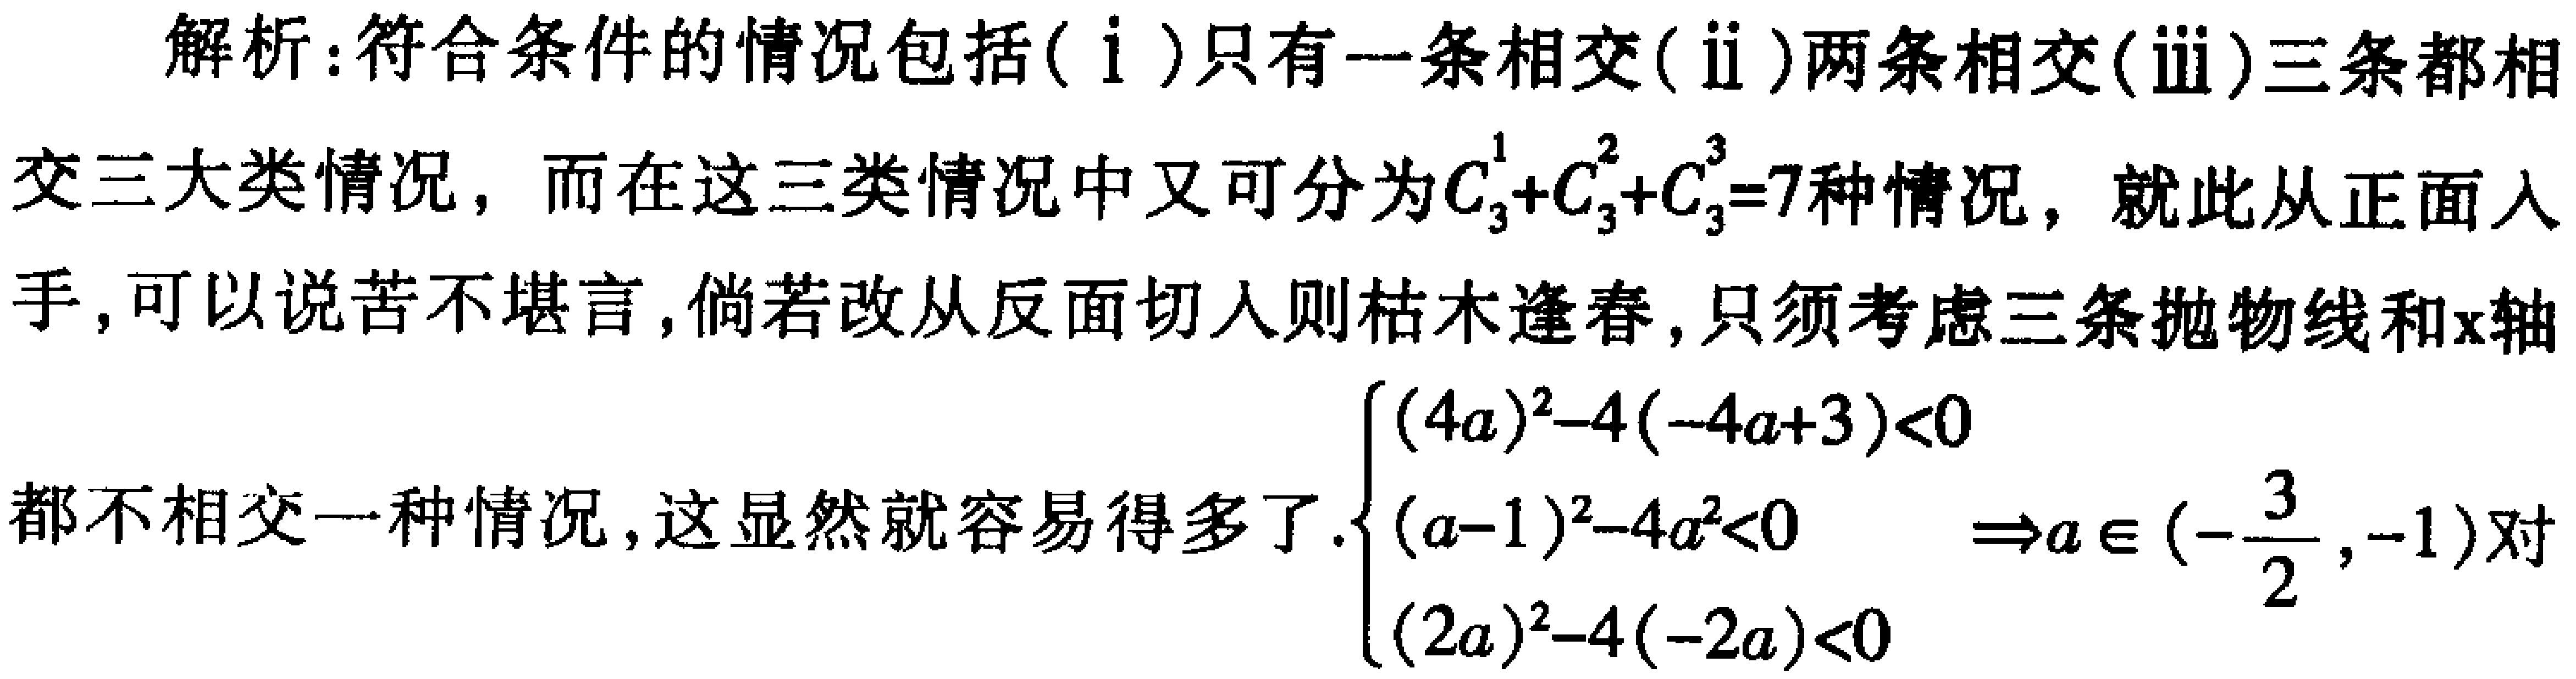
解析：符合条件的情况包括(ⅰ)只有一条相交(ⅱ)两条相交(ⅲ)三条都相

交三大类情况，而在这三类情况中又可分为\(C_{3}^{1}+C_{3}^{2}+C_{3}^{3}=7\)种情况，就此从正面入

手，可以说苦不堪言，倘若改从反面切入则枯木逢春，只须考虑三条抛物线和\(x\)轴

都不相交一种情况，这显然就容易得多了.\(\begin{cases}(4a)^{2}-4(-4a + 3)<0 \\

(a - 1)^{2}-4a^{2}<0 \\

(2a)^{2}-4(-2a)<0\end{cases}\Rightarrow a\in(-\frac{3}{2},-1)\)对